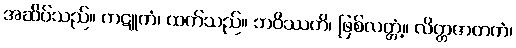
အဆိပ်သည်။ ကဋူကံ၊ ထက်သည်။ ဘဝိဿတိ၊ ဖြစ်လတ္တံ့။ လိတ္တဇာတကံ၊